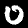
Digit: 0